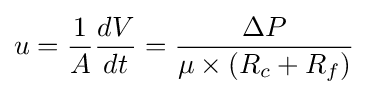
u={\frac {1}{A}}{\frac {dV}{dt}}={\frac {\Delta P}{\mu \times (R_{c}+R_{f})}}